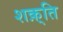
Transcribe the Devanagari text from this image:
शक़्ति